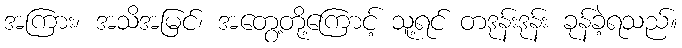
အကြား၊ အသိအမြင်၊ အတွေ့တို့ကြောင့် သူ့ရင် တဒုန်းဒုန်း ခုန်ခဲ့ရသည်။